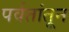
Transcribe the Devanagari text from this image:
पर्वतांतून